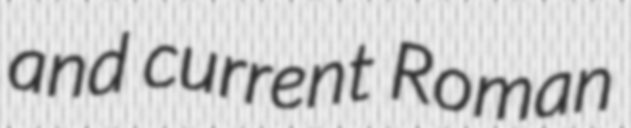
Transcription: and current Roman